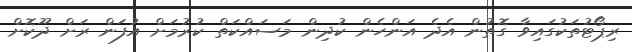
ރިޕޯޓުތަކުގައިވާ ގޮތުން އެދެ އަންހެން ކުދިން މަސައްކަތް ކުރުމަށް އުފަން ރަށް ދޫކޮށް